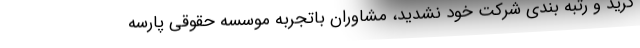
گرید و رتبه بندی شرکت خود نشدید، مشاوران باتجربه موسسه حقوقی پارسه